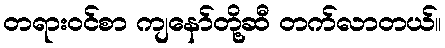
တရားဝင်စာ ကျနော်တို့ဆီ တက်လာတယ်။